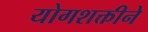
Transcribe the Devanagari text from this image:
योगशक्तीने